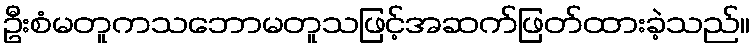
ဦးစံမတူကသဘောမတူသဖြင့်အဆက်ဖြတ်ထားခဲ့သည်။